Annual vaccination report of Bihar and Orissa - 1911-1928
Year: 1911
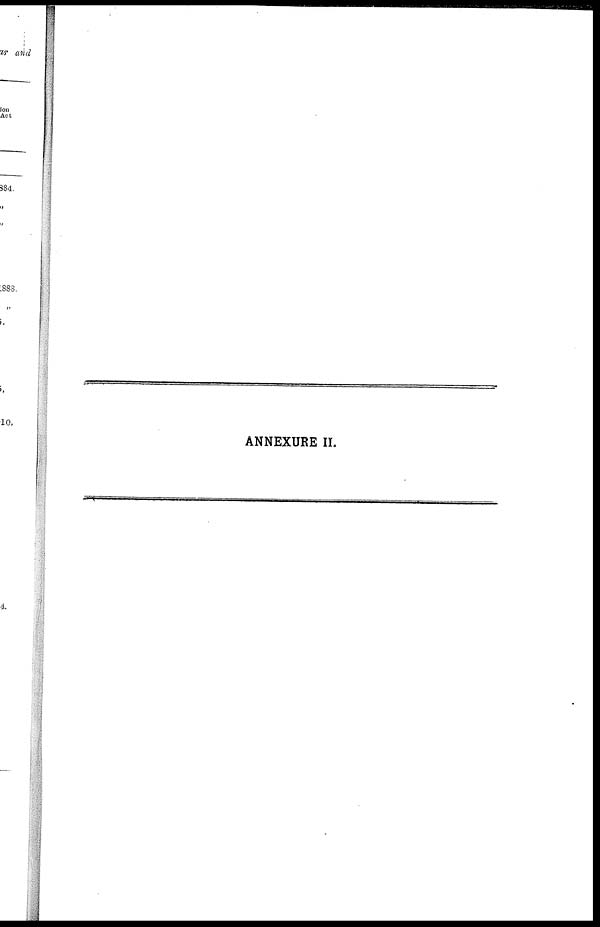
ANNEXURE II.